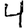
Digit: 4